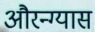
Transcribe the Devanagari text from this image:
औरन्ग्यास